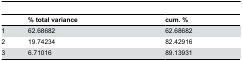
<table><thead><tr><td>[EMPTY_CELL]</td><td><b>% total variance</b></td><td><b>cum. %</b></td></tr></thead><tbody><tr><td>1</td><td>62.68682</td><td>62.68682</td></tr><tr><td>2</td><td>19.74234</td><td>82.42916</td></tr><tr><td>3</td><td>6.71016</td><td>89.13931</td></tr></tbody></table>